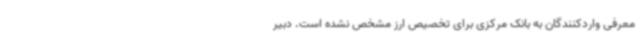
معرفی واردکنندگان به بانک مرکزی برای تخصیص ارز مشخص نشده است. دبیر